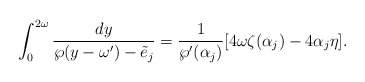
\begin{align*}\int_0^{2\omega} \frac{dy}{\wp(y-\omega^{\prime})-\tilde{e}_j}=\frac{1}{\wp^{\prime}(\alpha_j)}[4\omega \zeta(\alpha_j)-4\alpha_j \eta].\end{align*}